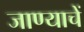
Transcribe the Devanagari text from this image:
जाण्याचें